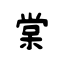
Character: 棠